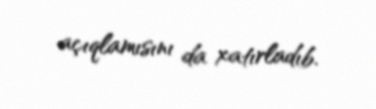
açıqlamısını da xatırladıb.